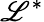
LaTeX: \mathscr{L}^{*}